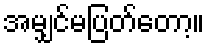
အမျှင်မပြတ်တော့။